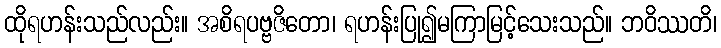
ထိုရဟန်းသည်လည်း။ အစိရပဗ္ဗဇိတော၊ ရဟန်းပြု၍မကြာမြင့်သေးသည်။ ဘဝိဿတိ၊